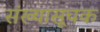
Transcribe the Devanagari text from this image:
संख्यासूचक